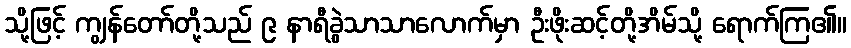
သို့ဖြင့် ကျွန်တော်တို့သည် ၉ နာရီခွဲသာသာလောက်မှာ ဦးဖိုးဆင့်တို့အိမ်သို့ ရောက်ကြ၏။